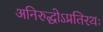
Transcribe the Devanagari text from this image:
अनिरुद्धोऽप्रतिरथः